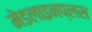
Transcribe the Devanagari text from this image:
मेडलाइनप्लस